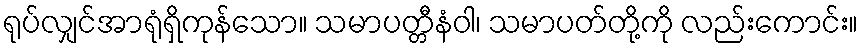
ရုပ်လျှင်အာရုံရှိကုန်သော။ သမာပတ္တီနံဝါ၊ သမာပတ်တို့ကို လည်းကောင်း။